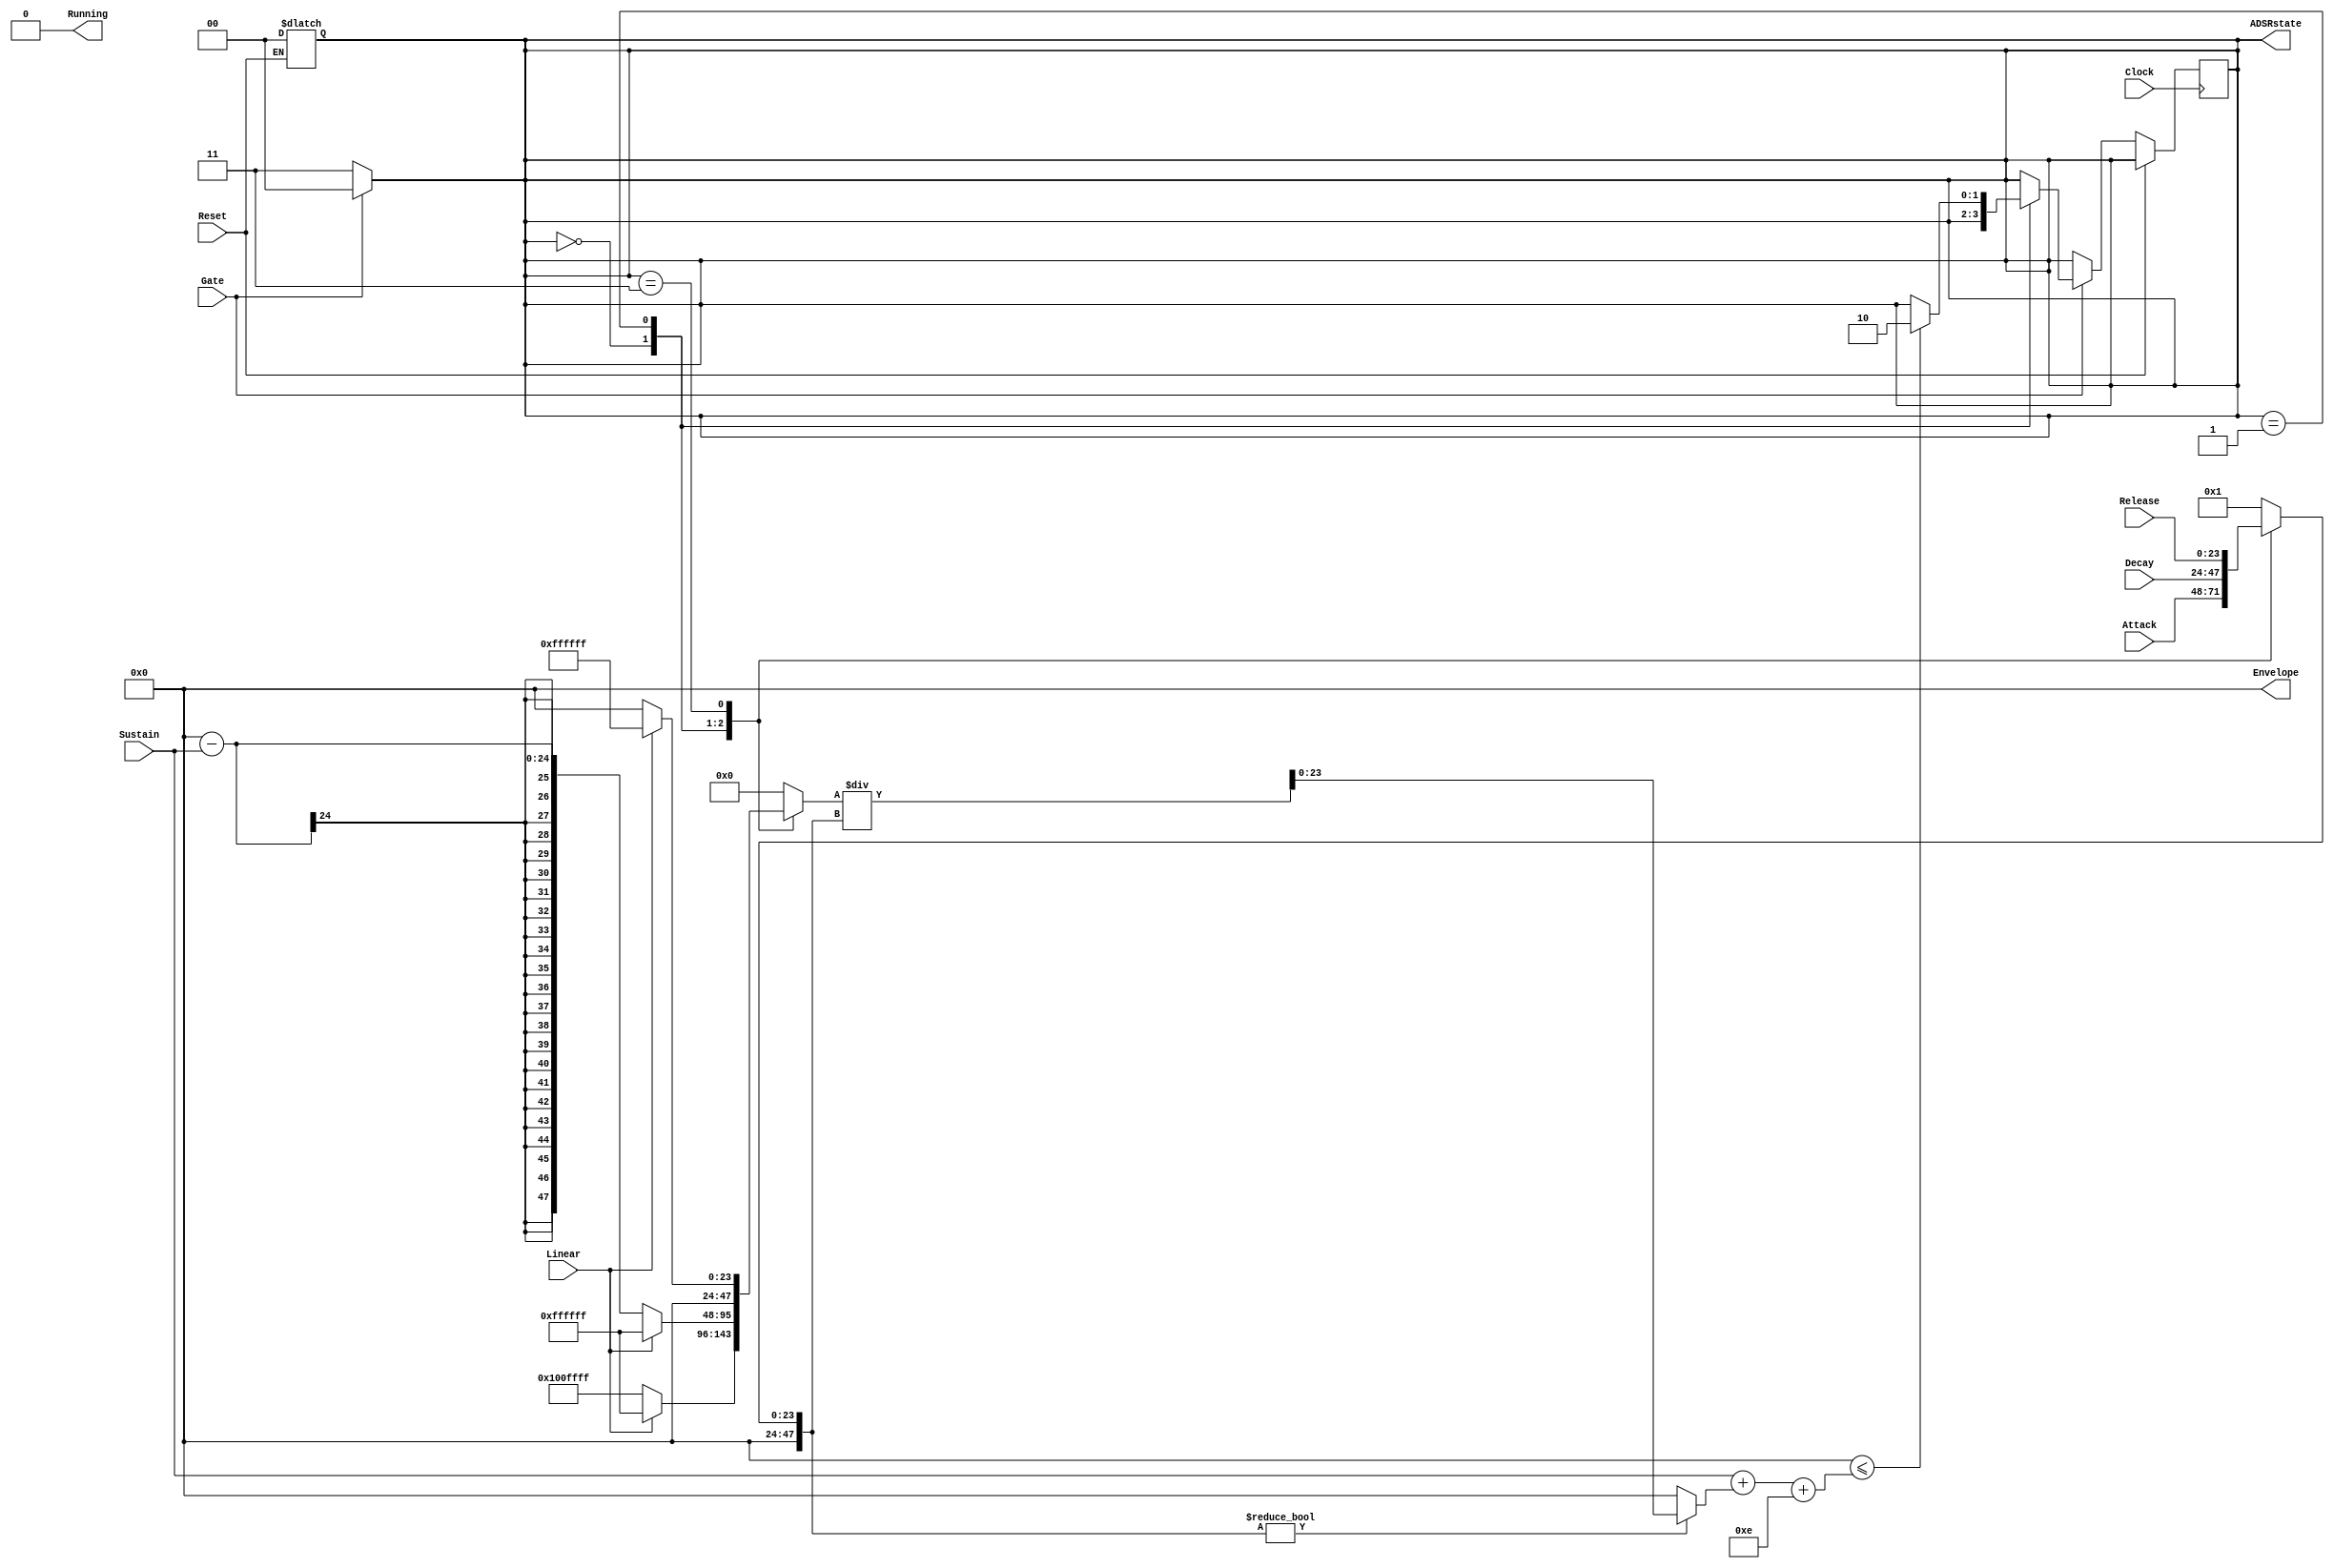

module ADSR
(
    Clock, 
    Reset,
    Gate,
    Running,
    Linear,
    ADSRstate,
    Attack, Decay, Sustain, Release,
    Envelope
);

    parameter WAVE_MAX = 24'hFFFFFF;

    input Clock, Reset;
    input Gate;
    output reg Running = 0;
    input Linear;
    output reg [1:0] ADSRstate = 2'b00;
    input [23:0] Attack, Decay, Sustain, Release;
    output reg [23:0] Envelope = 0;


    // wire [47:0] attackStep = Linear==0 ? ((WAVE_MAX+47'h10000-Envelope)/Attack)+13 : (WAVE_MAX/Attack);
    // wire [47:0] decayStep = Linear==0 ? ((Envelope-Sustain)/Decay)+13 : (WAVE_MAX/Decay);
    // wire [47:0] releaseStep = Linear==0 ? ((Envelope)/Release)+13 : (WAVE_MAX/Release);

    // wire [47:0] numerator;
    // wire [47:0] denomerator;
    // wire [47:0] divres = numerator/denomerator;

    wire [23:0] divres = StepSel(ADSRstate,
       Linear==0?(WAVE_MAX+47'h10000-Envelope):WAVE_MAX, Attack,
       Linear==0?(Envelope-Sustain):WAVE_MAX, Decay,
       Linear==0?Envelope:WAVE_MAX, Release);

    function automatic [47:0] StepSel;
        input [1:0] adsrstate;
        input [47:0] attackNum;  input [47:0] attackDenom;
        input [47:0] decayNum;   input [47:0] decayDenom;
        input [47:0] releaseNum; input [47:0] releaseDenom;
        reg [47:0] num;
        reg [47:0] denom;
        begin
            case (adsrstate)
                2'b00: begin num = attackNum; denom = attackDenom; end
                2'b01: begin num = decayNum; denom = decayDenom; end
                2'b11: begin num = releaseNum; denom = releaseDenom; end
                default: begin num = 0; denom = 1; end
            endcase
            StepSel = denom!=0? num / denom : 0;
        end
    endfunction


    always @(posedge Clock)
    begin
        if (Reset == 0)
        begin
            if (Gate == 1)
            begin
                case (ADSRstate)
                2'b00: //Attack
                    if (Running == 1)
                    begin
                        if (Envelope>=WAVE_MAX-divres-14)
                        begin
                            ADSRstate <= 2'b01;
                        end
                        else 
                        begin
                            Envelope <= Envelope + divres + (Linear==0?14:1);
                        end
                    end
                    
                2'b01: //Decay
                    begin
                        if (Envelope<=Sustain+divres+14)
                        begin
                            ADSRstate <= 2'b10;
                        end
                        else
                        begin
                            Envelope <= Envelope - divres - (Linear==0?14:1);
                        end
                    end
                // 2'b10: //Sustain
                // 2'b11: //Release
                endcase
            end
            else //Release
            begin
                if (Envelope <= 0+divres+14)
                begin
                    Running <= 0;
                end
                else
                begin
                    Envelope <= Envelope - divres - (Linear==0?14:1);
                end
            end
        end //If (Reset == 0)
    end

    always @(Reset)
    begin
        if (Reset == 1)
        begin
            Envelope = 0;
            ADSRstate = 2'b00;
            Running = 0;
        end
    end

    always @(Gate)
    begin
        if (Gate == 1)
        begin
            // Envelope = 0; //Removed so that notes can 'flow' into eachother
            ADSRstate = 2'b00;
            Running = 1;
        end
        else
        begin
            ADSRstate <= 2'b11;
        end
    end

endmodule